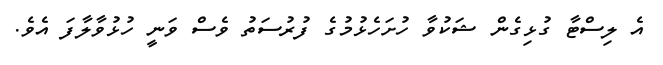
އެ ލިސްޓާ ގުޅިގެން ޝަކުވާ ހުށަހެޅުމުގެ ފުރުސަތު ވެސް ވަނީ ހުޅުވާލާފަ އެވެ.